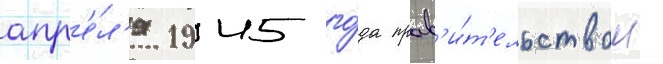
апр'е́л'я 1945 го́да прав'и́т'ельством